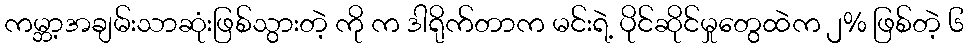
ကမ္ဘာ့အချမ်းသာဆုံးဖြစ်သွားတဲ့ ကို က ဒါရိုက်တာက မင်းရဲ့ ပိုင်ဆိုင်မှုတွေထဲက ၂% ဖြစ်တဲ့ ၆